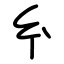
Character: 𢆯